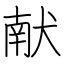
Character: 献